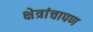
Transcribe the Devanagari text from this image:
क्षेत्रांचापण